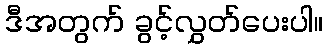
ဒီအတွက် ခွင့်လွှတ်ပေးပါ။